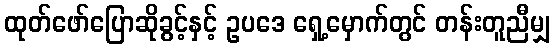
ထုတ်ဖော်ပြောဆိုခွင့်နှင့် ဥပဒေ ရှေ့မှောက်တွင် တန်းတူညီမျှ